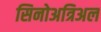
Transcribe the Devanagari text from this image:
सिनोअत्रिअल